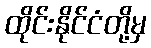
ထိုင်းနိုင်ငံတို့မှ